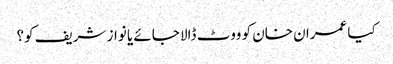
کیا عمران خان کو ووٹ ڈالا جائے یا نواز شریف کو؟